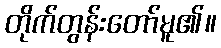
တိုက်တွန်းတော်မူ၏။